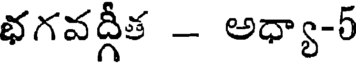
భగవద్గీత - అధ్యా-5